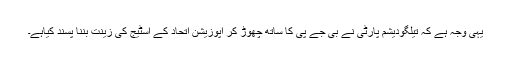
یہی وجہ ہے کہ تیلگودیشم پارٹی نے بی جے پی کا ساتھ چھوڑ کر اپوزیشن اتحاد کے اسٹیج کی زینت بننا پسند کیاہے۔